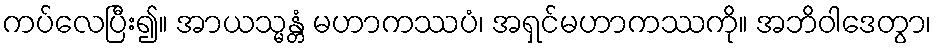
ကပ်လေပြီး၍။ အာယသ္မန္တံ မဟာကဿပံ၊ အရှင်မဟာကဿကို။ အဘိဝါဒေတွာ၊